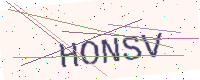
Text: HONSV